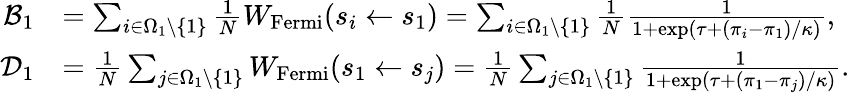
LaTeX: \begin{array}{rl}{\mathcal{B}_{1}}&{=\sum_{i\in\Omega_{1}\backslash\{ 1\} }\frac{1}{N}W_{\mathrm{Fermi}}(s_{i}\gets s_{1})=\sum_{i\in\Omega_{1}\backslash\{ 1\} }\frac{1}{N}\frac{1}{1+\exp(\tau+(\pi_{i}-\pi_{1})/\kappa)},}\\ {\mathcal{D}_{1}}&{=\frac{1}{N}\sum_{j\in\Omega_{1}\backslash\{ 1\} }W_{\mathrm{Fermi}}(s_{1}\gets s_{j})=\frac{1}{N}\sum_{j\in\Omega_{1}\backslash\{ 1\} }\frac{1}{1+\exp(\tau+(\pi_{1}-\pi_{j})/\kappa)}.}\end{array}